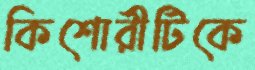
কিশোরীটিকে